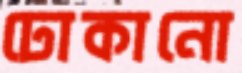
ঢোকানো